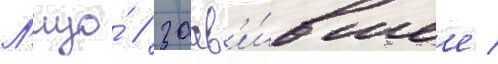
Л'ицо́ / заав'и́вшее /